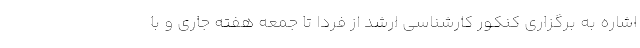
اشاره به برگزاری کنکور کارشناسی ارشد از فردا تا جمعه هفته جاری و با